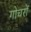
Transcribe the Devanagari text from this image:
गोचरों